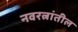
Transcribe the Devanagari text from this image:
नवरत्नांतील